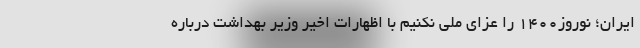
ایران؛ نوروز1400 را عزای ملی نکنیم با اظهارات اخیر وزیر بهداشت درباره